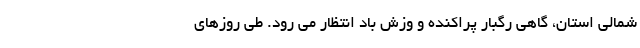
شمالی استان، گاهی رگبار پراکنده و وزش باد انتظار می رود. طی روزهای